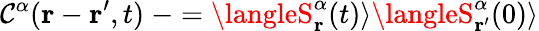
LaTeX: \mathcal{C}^{\alpha}(\mathbf{{r}}-\mathbf{{r^{\prime}}},t)\ -=\langleS_{\mathbf{{r}}}^{\alpha}(t)\rangle\langleS_{\mathbf{{r^{\prime}}}}^{\alpha}(0)\rangle